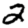
Digit: 2